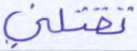
تقتلني